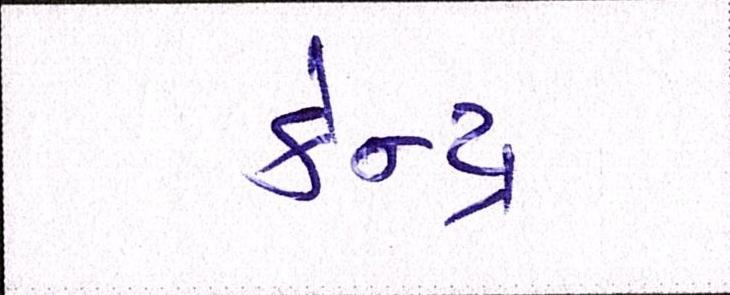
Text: કેન્દ્ર